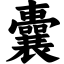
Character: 囊